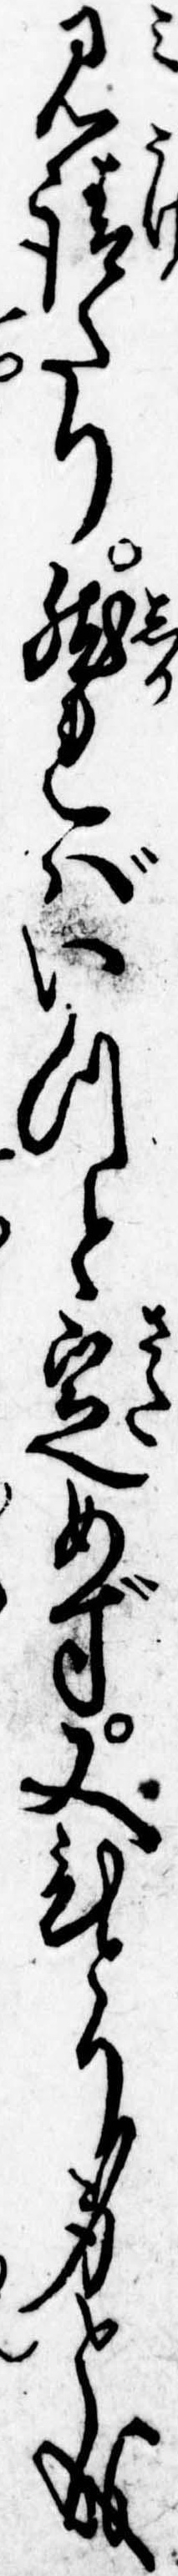
見請たり然ればいつと定めず又ひとり身と成